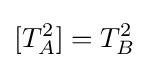
[T_{A}^{2}]=T_{B}^{2}